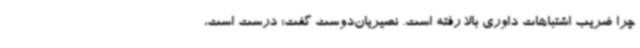
چرا ضریب اشتباهات داوری بالا رفته است. نصیریان‌دوست گفت: درست است،